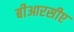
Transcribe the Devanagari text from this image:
बीआरसीए